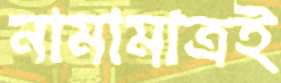
নামামাত্রই